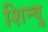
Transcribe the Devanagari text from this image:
शिन्वु